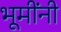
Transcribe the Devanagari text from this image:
भूमींनी